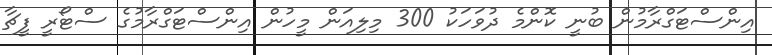
އިންސްޓަގްރާމުން ބުނީ ކޮންމެ ދުވަހަކު 300 މިލިއަން މީހުން އިންސްޓަގްރާމުގެ ސްޓޯރީ ފީޗާ